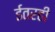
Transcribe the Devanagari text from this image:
ईतरही